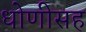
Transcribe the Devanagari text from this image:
धोणीसह